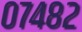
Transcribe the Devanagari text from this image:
०७४८२